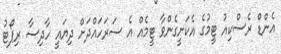
އެންޑް ރެސްކިއު ޓީމުގެ އެކަށީގެންވާ ޓީމެއް އެ ސަރަހައްދަށް ދިޔައީ ހާދިސާ ރިޕޯޓު